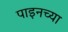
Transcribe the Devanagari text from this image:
पाइनच्या